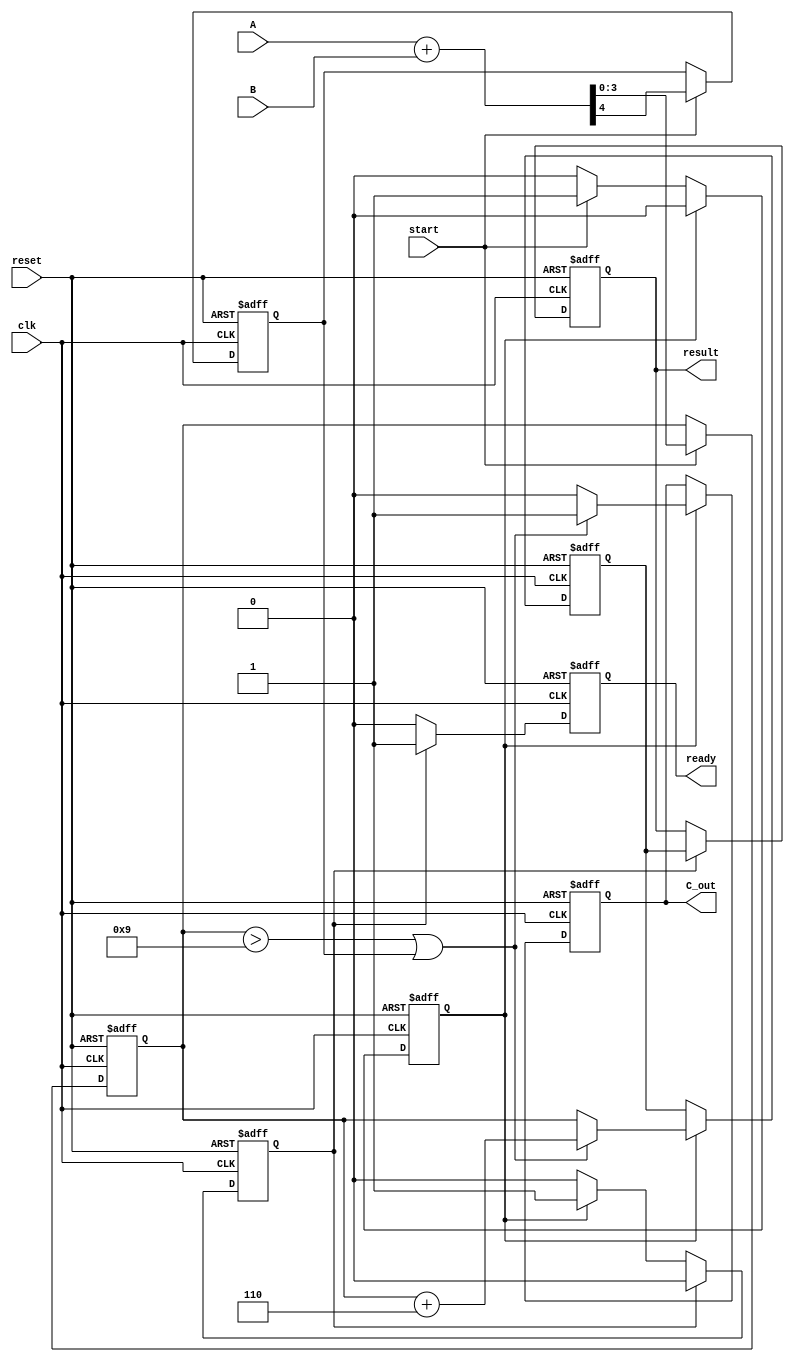
module BCD_Pipelined_Adder(
    input wire clk,
    input wire reset,
    input wire start, // Control signal to initiate the addition
    input wire [3:0] A, // BCD Input A
    input wire [3:0] B, // BCD Input B
    output reg [3:0] result, // BCD Result
    output reg C_out, // Carry Out
    output reg ready // Output valid signal
);

    // Internal signals
    reg [3:0] sum; // Sum from binary addition
    reg C_temp; // Carry from binary addition
    reg [3:0] corrected_sum; // Corrected BCD result
    reg stage1_valid, stage2_valid;

    // Pipeline stages
    always @(posedge clk or posedge reset) begin
        if (reset) begin
            // Reset all registers
            sum <= 4'b0000;
            C_temp <= 1'b0;
            corrected_sum <= 4'b0000;
            result <= 4'b0000;
            C_out <= 1'b0;
            ready <= 1'b0;
            stage1_valid <= 1'b0;
            stage2_valid <= 1'b0;
        end else begin
            if (start) begin
                // Stage 1: Binary Addition
                {C_temp, sum} <= A + B; // 4-bit binary addition
                stage1_valid <= 1'b1; // Indicate that stage 1 has valid data
            end
            
            // Stage 2: BCD Correction logic
            if (stage1_valid) begin
                if (sum > 4'd9 || C_temp) begin
                    corrected_sum <= sum + 4'd6; // Apply correction by adding 6
                    C_out <= 1'b1; // Set carry out if correction is applied
                end else begin
                    corrected_sum <= sum; // No correction needed
                    C_out <= 1'b0;
                end
                stage2_valid <= 1'b1; // Indicate that stage 2 has valid data
                stage1_valid <= 1'b0; // Clear stage 1 valid signal
            end
            
            // Stage 3: Output Stage
            if (stage2_valid) begin
                result <= corrected_sum; // Output the corrected BCD result
                ready <= 1'b1; // Indicate that result is ready
                stage2_valid <= 1'b0; // Clear stage 2 valid signal
            end else begin
                ready <= 1'b0; // Reset ready if no output is generated
            end
        end
    end

endmodule